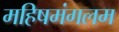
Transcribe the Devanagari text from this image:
महिषमंगलम